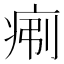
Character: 𪽯